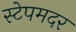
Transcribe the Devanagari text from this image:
स्टेपमदर